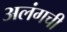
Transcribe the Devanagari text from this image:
अलंगची